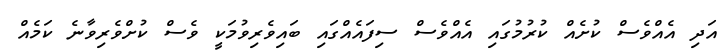
އަދި އެއްވެސް ކުށެއް ކުރުމުގައި އެއްވެސް ސިފައެއްގައި ބައިވެރިވުމަކީ ވެސް ކުށްވެރިވާނެ ކަމެއް